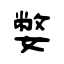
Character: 嫳